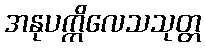
အနုပက္ကိလေသသုတ္တ